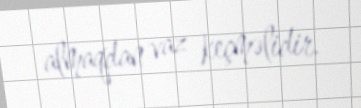
almaqdan vaz keçməlidir.